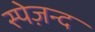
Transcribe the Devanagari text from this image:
स्पेज़न्द